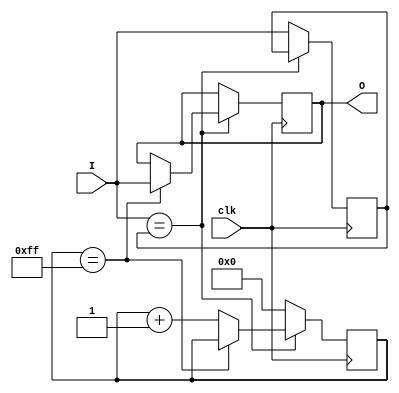
`timescale 1ns / 1ps
//////////////////////////////////////////////////////////////////////////////////
// Company: AGH
// 
// Design Name: 
// Module Name: debouncer
// Project Name: Entliczek pentliczek
// Target Devices: 
// Tool Versions: 
// Description: 
// 
// Dependencies: 
// 
// Revision:
// Revision 0.01 - File Created
// Additional Comments: Pobrano z https://digilent.com/reference/programmable-logic/basys-3/demos/keyboard
// 
//////////////////////////////////////////////////////////////////////////////////


module debouncer(
    input clk,
    input I,
    output reg O
    );
    parameter COUNT_MAX=255, COUNT_WIDTH=8;
    reg [COUNT_WIDTH-1:0] count;
    reg Iv=0;
    always@(posedge clk)
        if (I == Iv) begin
            if (count == COUNT_MAX)
                O <= I;
            else
                count <= count + 1'b1;
        end else begin
            count <= 'b0;
            Iv <= I;
        end
    
endmodule